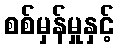
စစ်မှန်မှုနှင့်